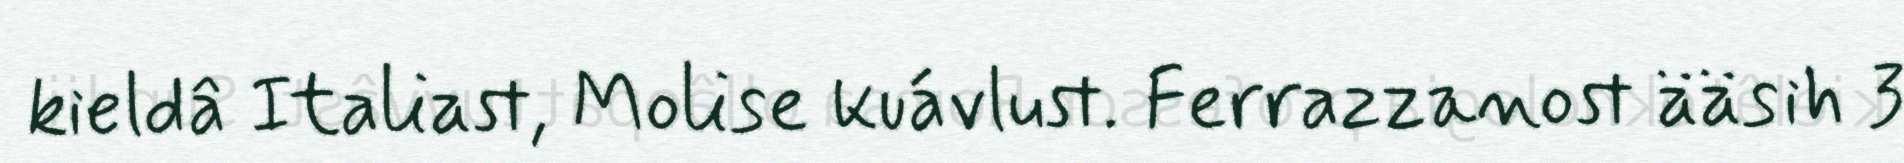
kieldâ Italiast, Molise kuávlust. Ferrazzanost ääsih 3